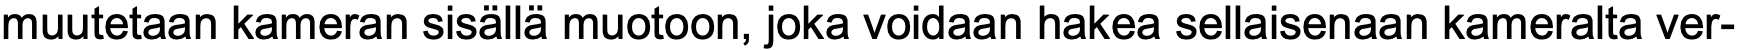
muutetaan kameran sisällä muotoon, joka voidaan hakea sellaisenaan kameralta ver-